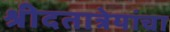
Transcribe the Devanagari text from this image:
श्रीदतात्रेयांचा